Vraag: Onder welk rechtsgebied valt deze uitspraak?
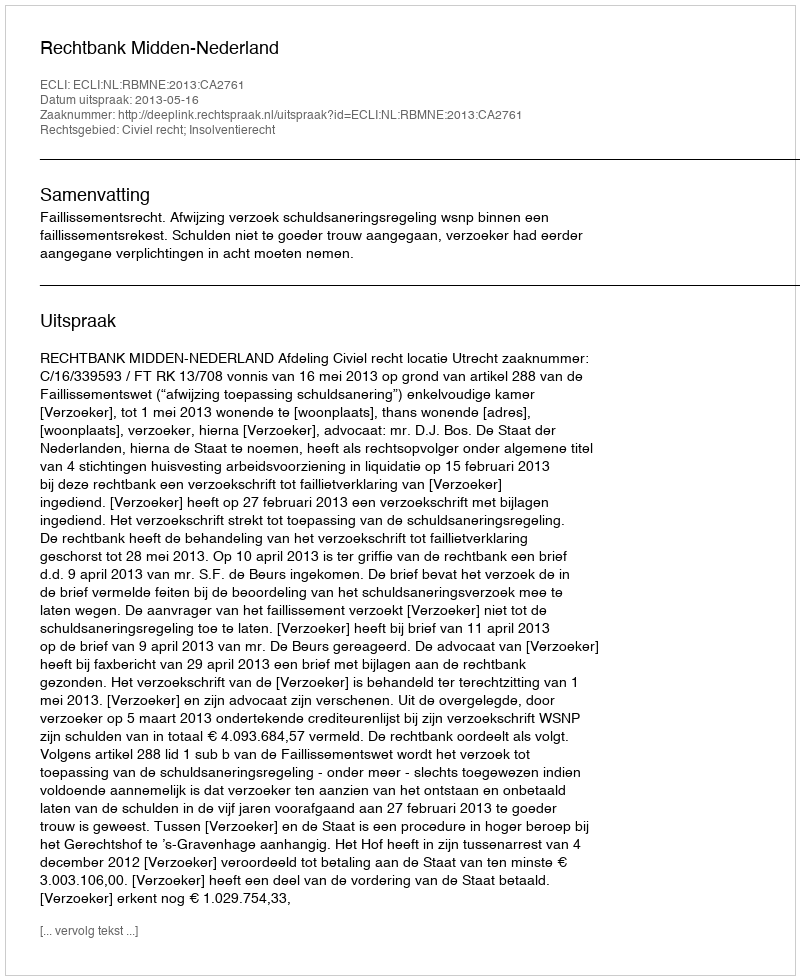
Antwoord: Civiel recht; Insolventierecht